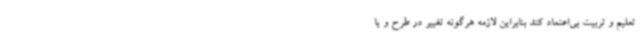
تعلیم و تربیت بی‌اعتماد کند بنابراین لازمه هرگونه تغییر در طرح و یا